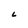
Character: L